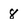
Character: 8